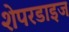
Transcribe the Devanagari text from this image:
शेपरडाइज